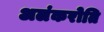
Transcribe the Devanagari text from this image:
अलंकरोति